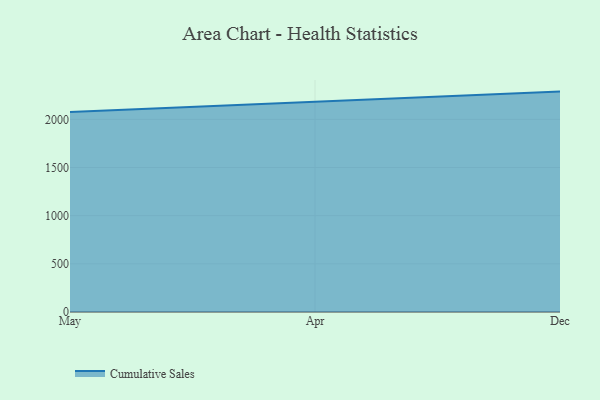
{"axis": {"x": "Month", "y": "Humidity (%)"}, "legend": ["Cumulative Sales"], "data": [{"x": "May", "y": 2077.4, "type": "Cumulative Sales"}, {"x": "Apr", "y": 2184.3, "type": "Cumulative Sales"}, {"x": "Dec", "y": 2288.1, "type": "Cumulative Sales"}]}